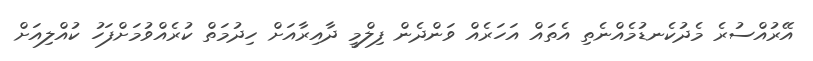
އޭރުއްސުރެ މެދުކެނޑުމެއްނެތި އެތައް އަހަރެއް ވަންދެން ފިލްމީ ދާއިރާއަށް ހިދުމަތް ކުރެއްވުމަށްފަހު ކުއްލިއަށް